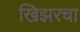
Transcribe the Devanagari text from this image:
खिझरचा